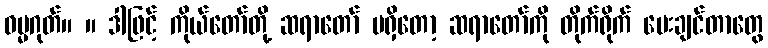
ဓမ္မဂုတ်။ ။ ဒါဖြင့် ကိုယ်တော်တို့ ဆရာတော် မရှိတော့ ဆရာတော်ကို တိုက်ရိုက် မေးချင်တာတွေ